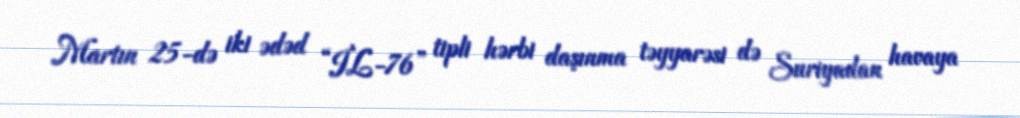
Martın 25-də iki ədəd “İL-76” tipli hərbi daşınma təyyarəsi də Suriyadan havaya